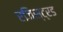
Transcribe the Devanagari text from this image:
रजिस्ट्रड